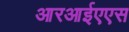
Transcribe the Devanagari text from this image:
आरआईएएस